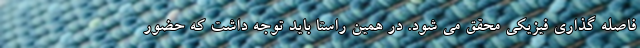
فاصله گذاری فیزیکی محقق می شود. در همین راستا باید توجه داشت که حضور